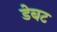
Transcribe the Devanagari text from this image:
डेबट